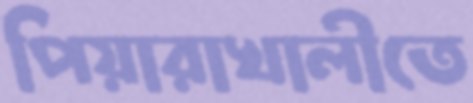
পিয়ারাখালীতে